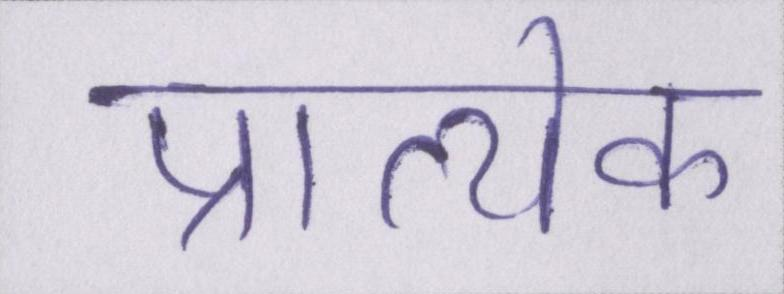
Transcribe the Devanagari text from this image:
प्रात्येक